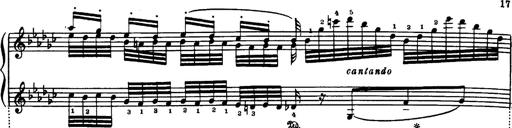
Title: Danza sacra e duetto finale dâ€™Aida
Composer: Franz Liszt